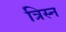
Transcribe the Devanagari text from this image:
त्रिस्न